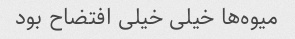
میوه‌ها خیلی خیلی افتضاح بود